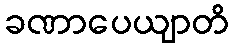
ခဏာပေယျာတိ